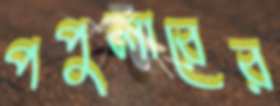
পপুলারের